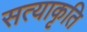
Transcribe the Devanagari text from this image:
सत्याकृति